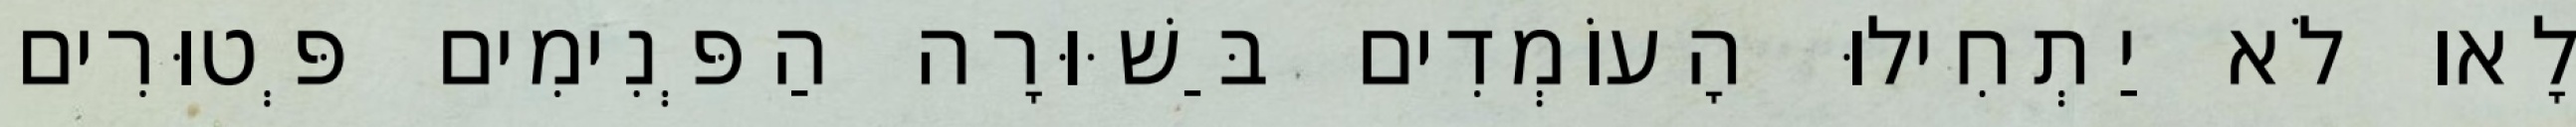
לָאו לֹא יַתְחִילוּ הָעוֹמְדִים בַּשּׁוּרָה הַפְּנִימִים פְּטוּרִים